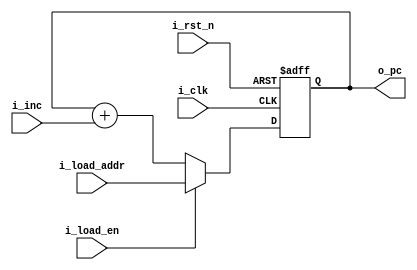
`default_nettype none

module pc_control (
    input wire i_clk,
    input wire i_rst_n,
    input wire i_inc,
    input wire [15:0] i_load_addr,
    input wire i_load_en,
    output wire [15:0] o_pc
);
    reg [15:0] pc;

    always @(posedge i_clk, negedge i_rst_n) begin
        if (!i_rst_n)
            pc <= 16'h0000;
        else if (i_load_en)
            pc <= i_load_addr;
        else
            pc <= pc + i_inc;
    end

    assign o_pc = pc;
endmodule